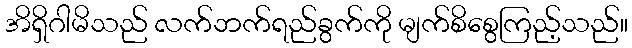
အိရှိဂါမိသည် လက်ဘက်ရည်ခွက်ကို မျက်စိစွေကြည့်သည်။